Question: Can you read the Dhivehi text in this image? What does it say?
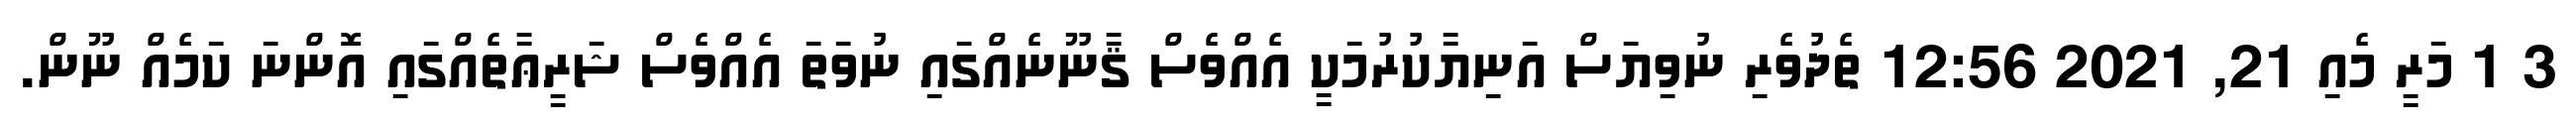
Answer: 3 1 މަރީ މެއި 21, 2021 12:56 ތެދުވެރި ނުވިޔަސް އަނިޔާކުރުމަކީ އެއްވެސް ޤާނޫނެއްގައި ނުވަތަ އެއްވެސް ޝަރީޢާތެއްގައި އޮންނަ ކަމެއް ނޫން.